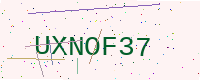
Text: UXNOF37